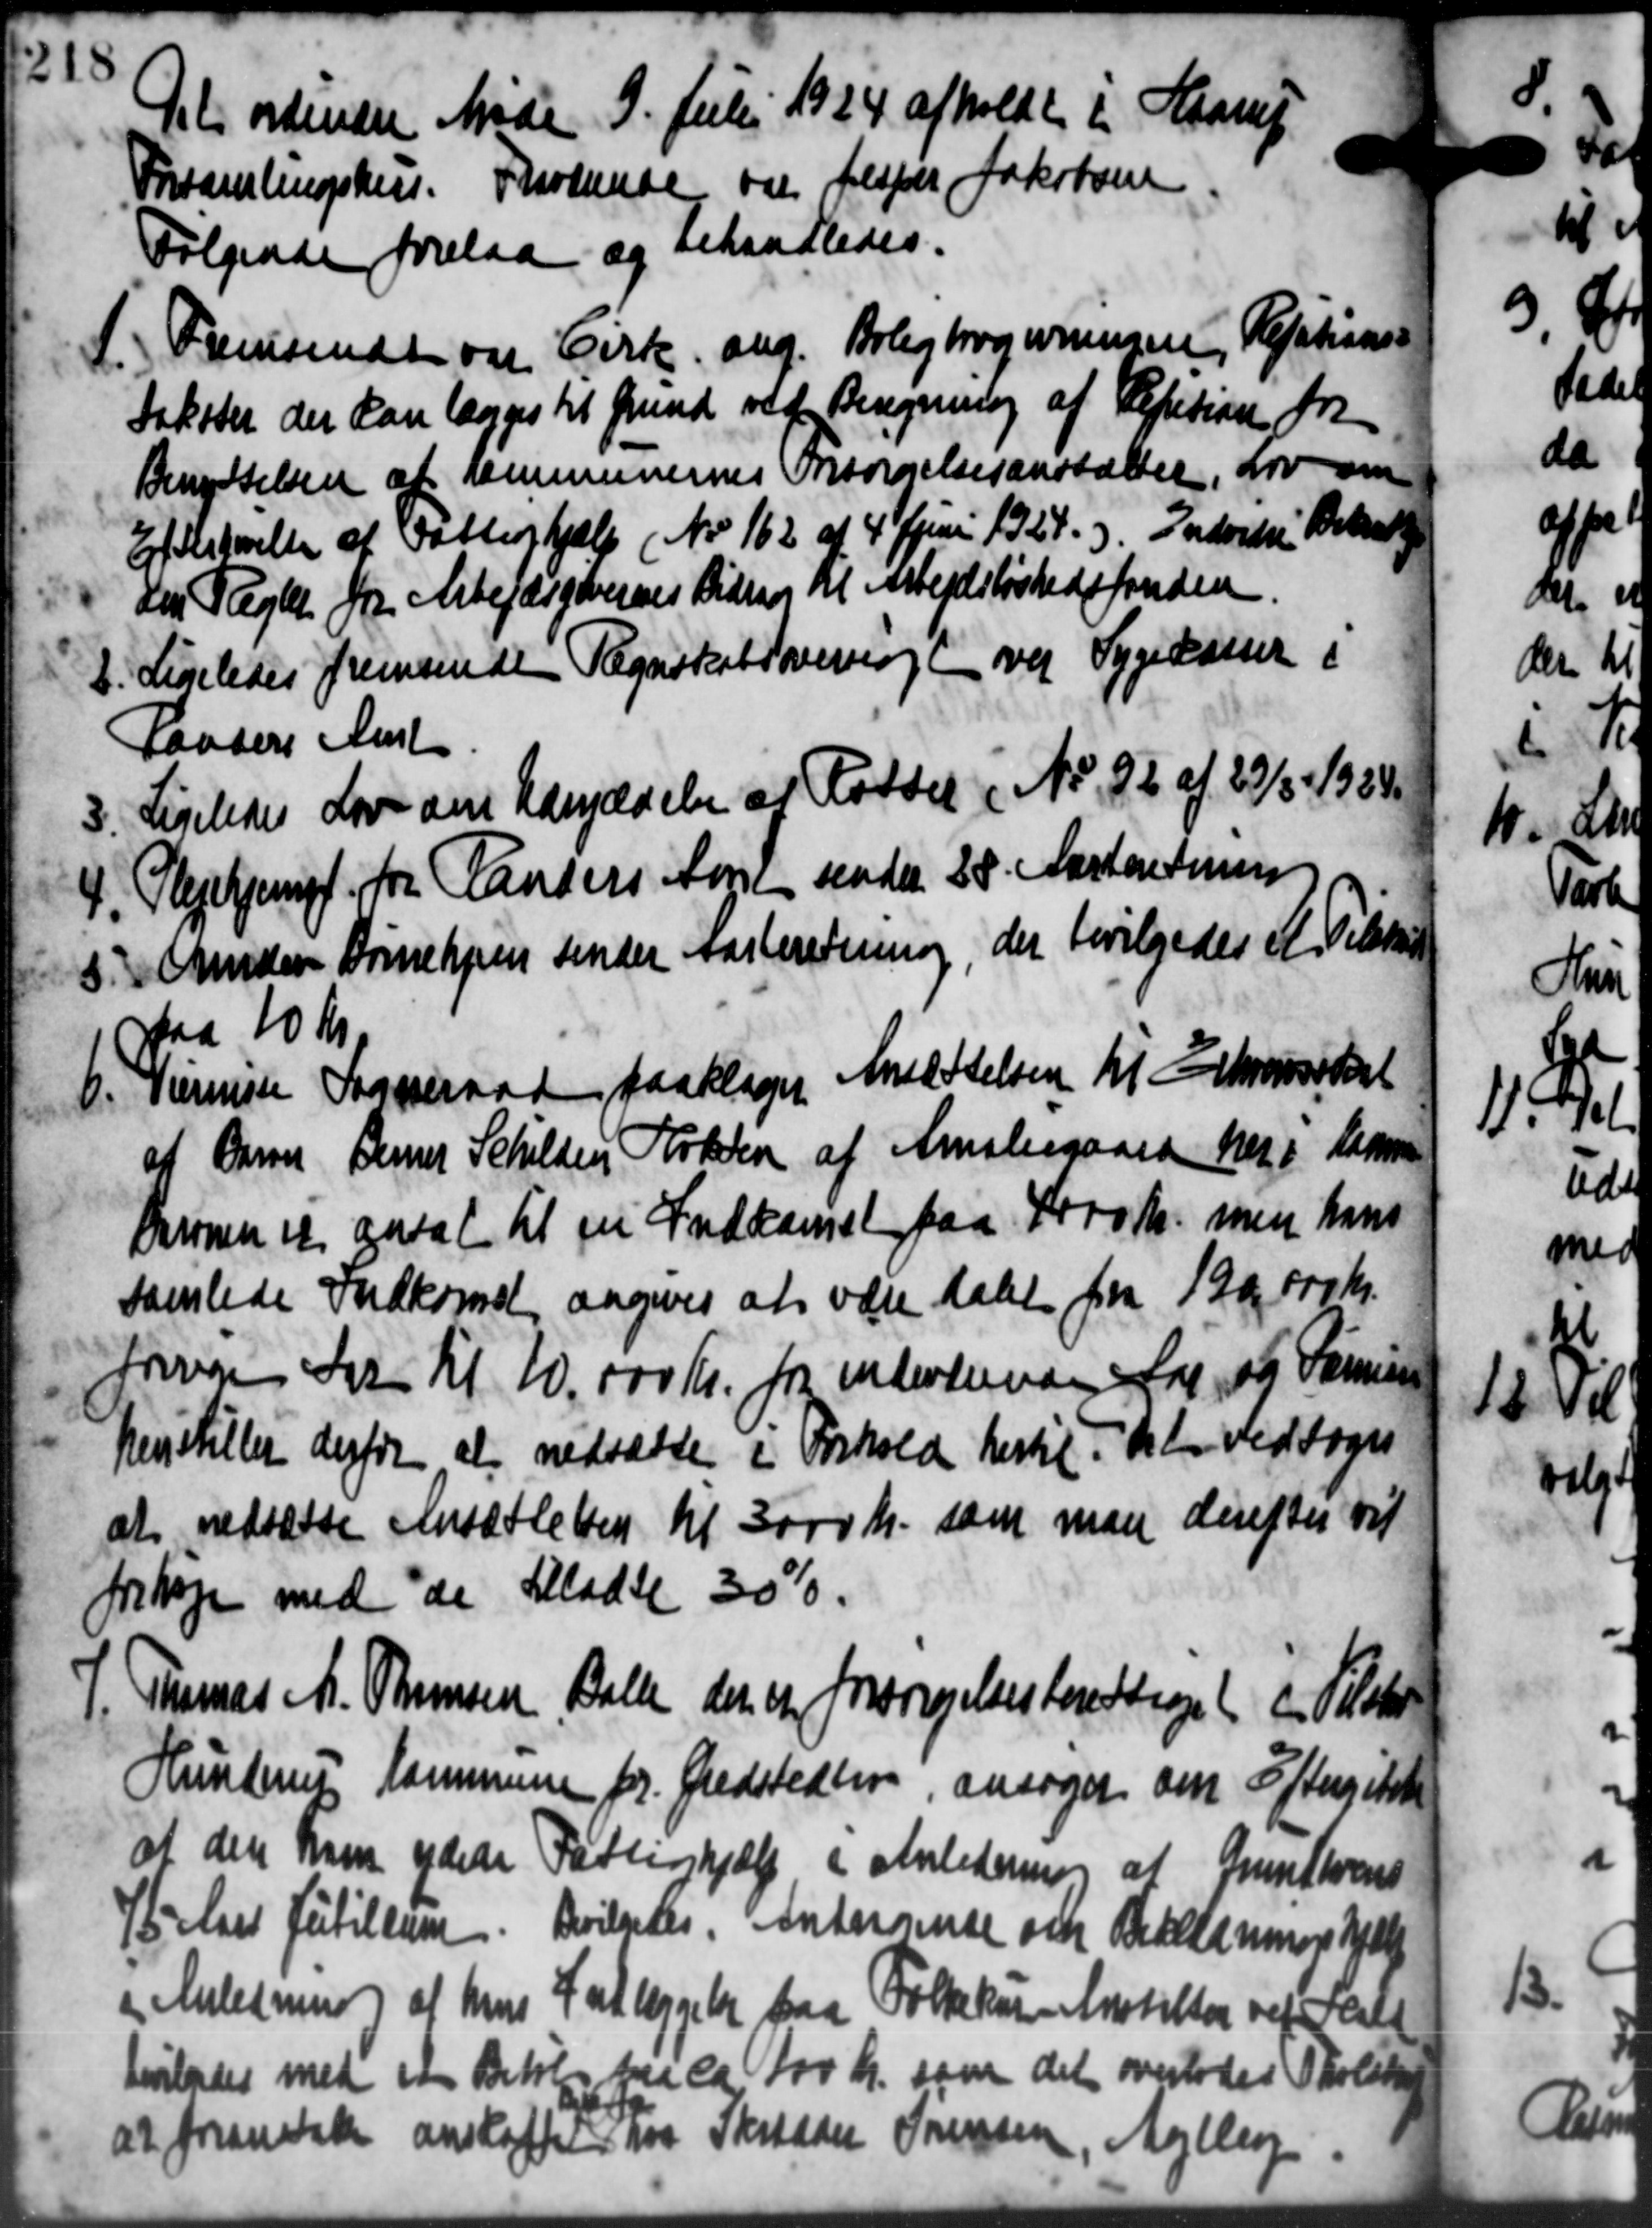
Transskription:
Det ordinære Møde 9. Julii 1924 afholdt i Haarup
Forsamlingshus. Fraskede var Jesper Jakobsen
Følgende forelaa og behandledes.

Fremsendt og Cirk ang. Boligbrogivningen Relations-
Sakster der kan lægges til Grund var Beregning af Repation fra
Benyttelsen af Kommunernes Onsørrelsesanstalter, for om
Efestørelse af Fattighjælp (Nr. 162 af 4 Juni 1924.) Indvidre Betal
den Tegler fra Arbejdsførernes Bidrag til Arbejdsløshedsfonden
2. Ligeledes fremsende Regnskabsoverslagt ved Sygekasser i
2. Ligeledes fremsende Regnskabsoverslagt ved Sygekasser i
Paabers Amt
3.
Ligeledes Lov om Udryddelse af Fordel i No. 92 af 29/3 1924.
4. Plejehjerg for Randers Amt sender 28. Aarteretning
4. Plejehjerg for Randers Amt sender 28. Aarteretning
5. Anders Børnehjem sender Aarberetning, der bevilgedes A. Tilskud
5. Anders Børnehjem sender Aarberetning, der bevilgedes A. Tilskud
paa 10 Kr.
0. Termisse Sogneraad paaklager Ansættelsen til Erhvervsskat
0. Termisse Sogneraad paaklager Ansættelsen til Erhvervsskat
af Overer Denner Schilden Solen af Amstergaard her i Rasmus
Baronen et ansat til en Indkomst paa 4000 Kr., men hans
samledes Indkomst angives at være skabet fra 1900,000 Kr.
freven for Kl 10.000 Kr. fra inderkende Sag og Samue
henstiller derfor at nedsætte i Forhold hertil det vedtoges
at nedsætte Ansættelsen til 3000 Kr. som man derefter vil
forhøje med de tillade 30 %.
P. Thomas M. Thomsen Balle der er forsørgelsesberettiget i Tilsted
P. Thomas M. Thomsen Balle der er forsørgelsesberettiget i Tilsted
Hunderup Kommune for Gredstedlen, ansøger om Eftergivet
at den ham ydede Fattighjælp, i Anledning af Grunderens
15 Aars Jubilæum. Bevilgedes. Anderense om Beklædninge Hjælp
Anledning af hans Indlæggelse paa Folkekar Anstalter ved val
bevilgedes med et Betale fra ca. for kr. som det overlodes Skoleko
at foranske anskaffet paa Skotaar Sørensen, Mejlby

En